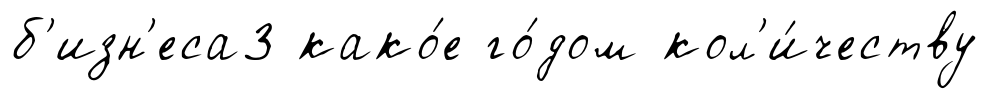
б'изн'еса3 како́е го́дом кол'и́честву